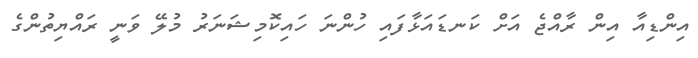
އިންޑިއާ އިން ރާއްޖެ އަށް ކަނޑައަޅާފައި ހުންނަ ހައިކޮމިޝަނަރު މުލޭ ވަނީ ރައްޔިތުންގެ